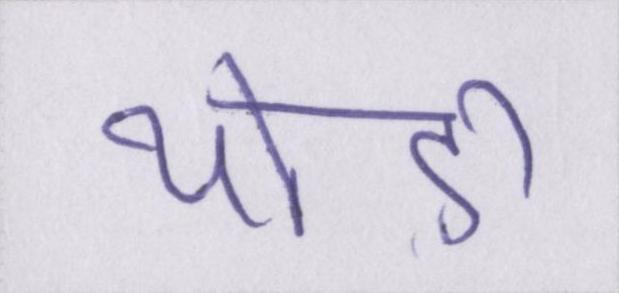
थोड़ी